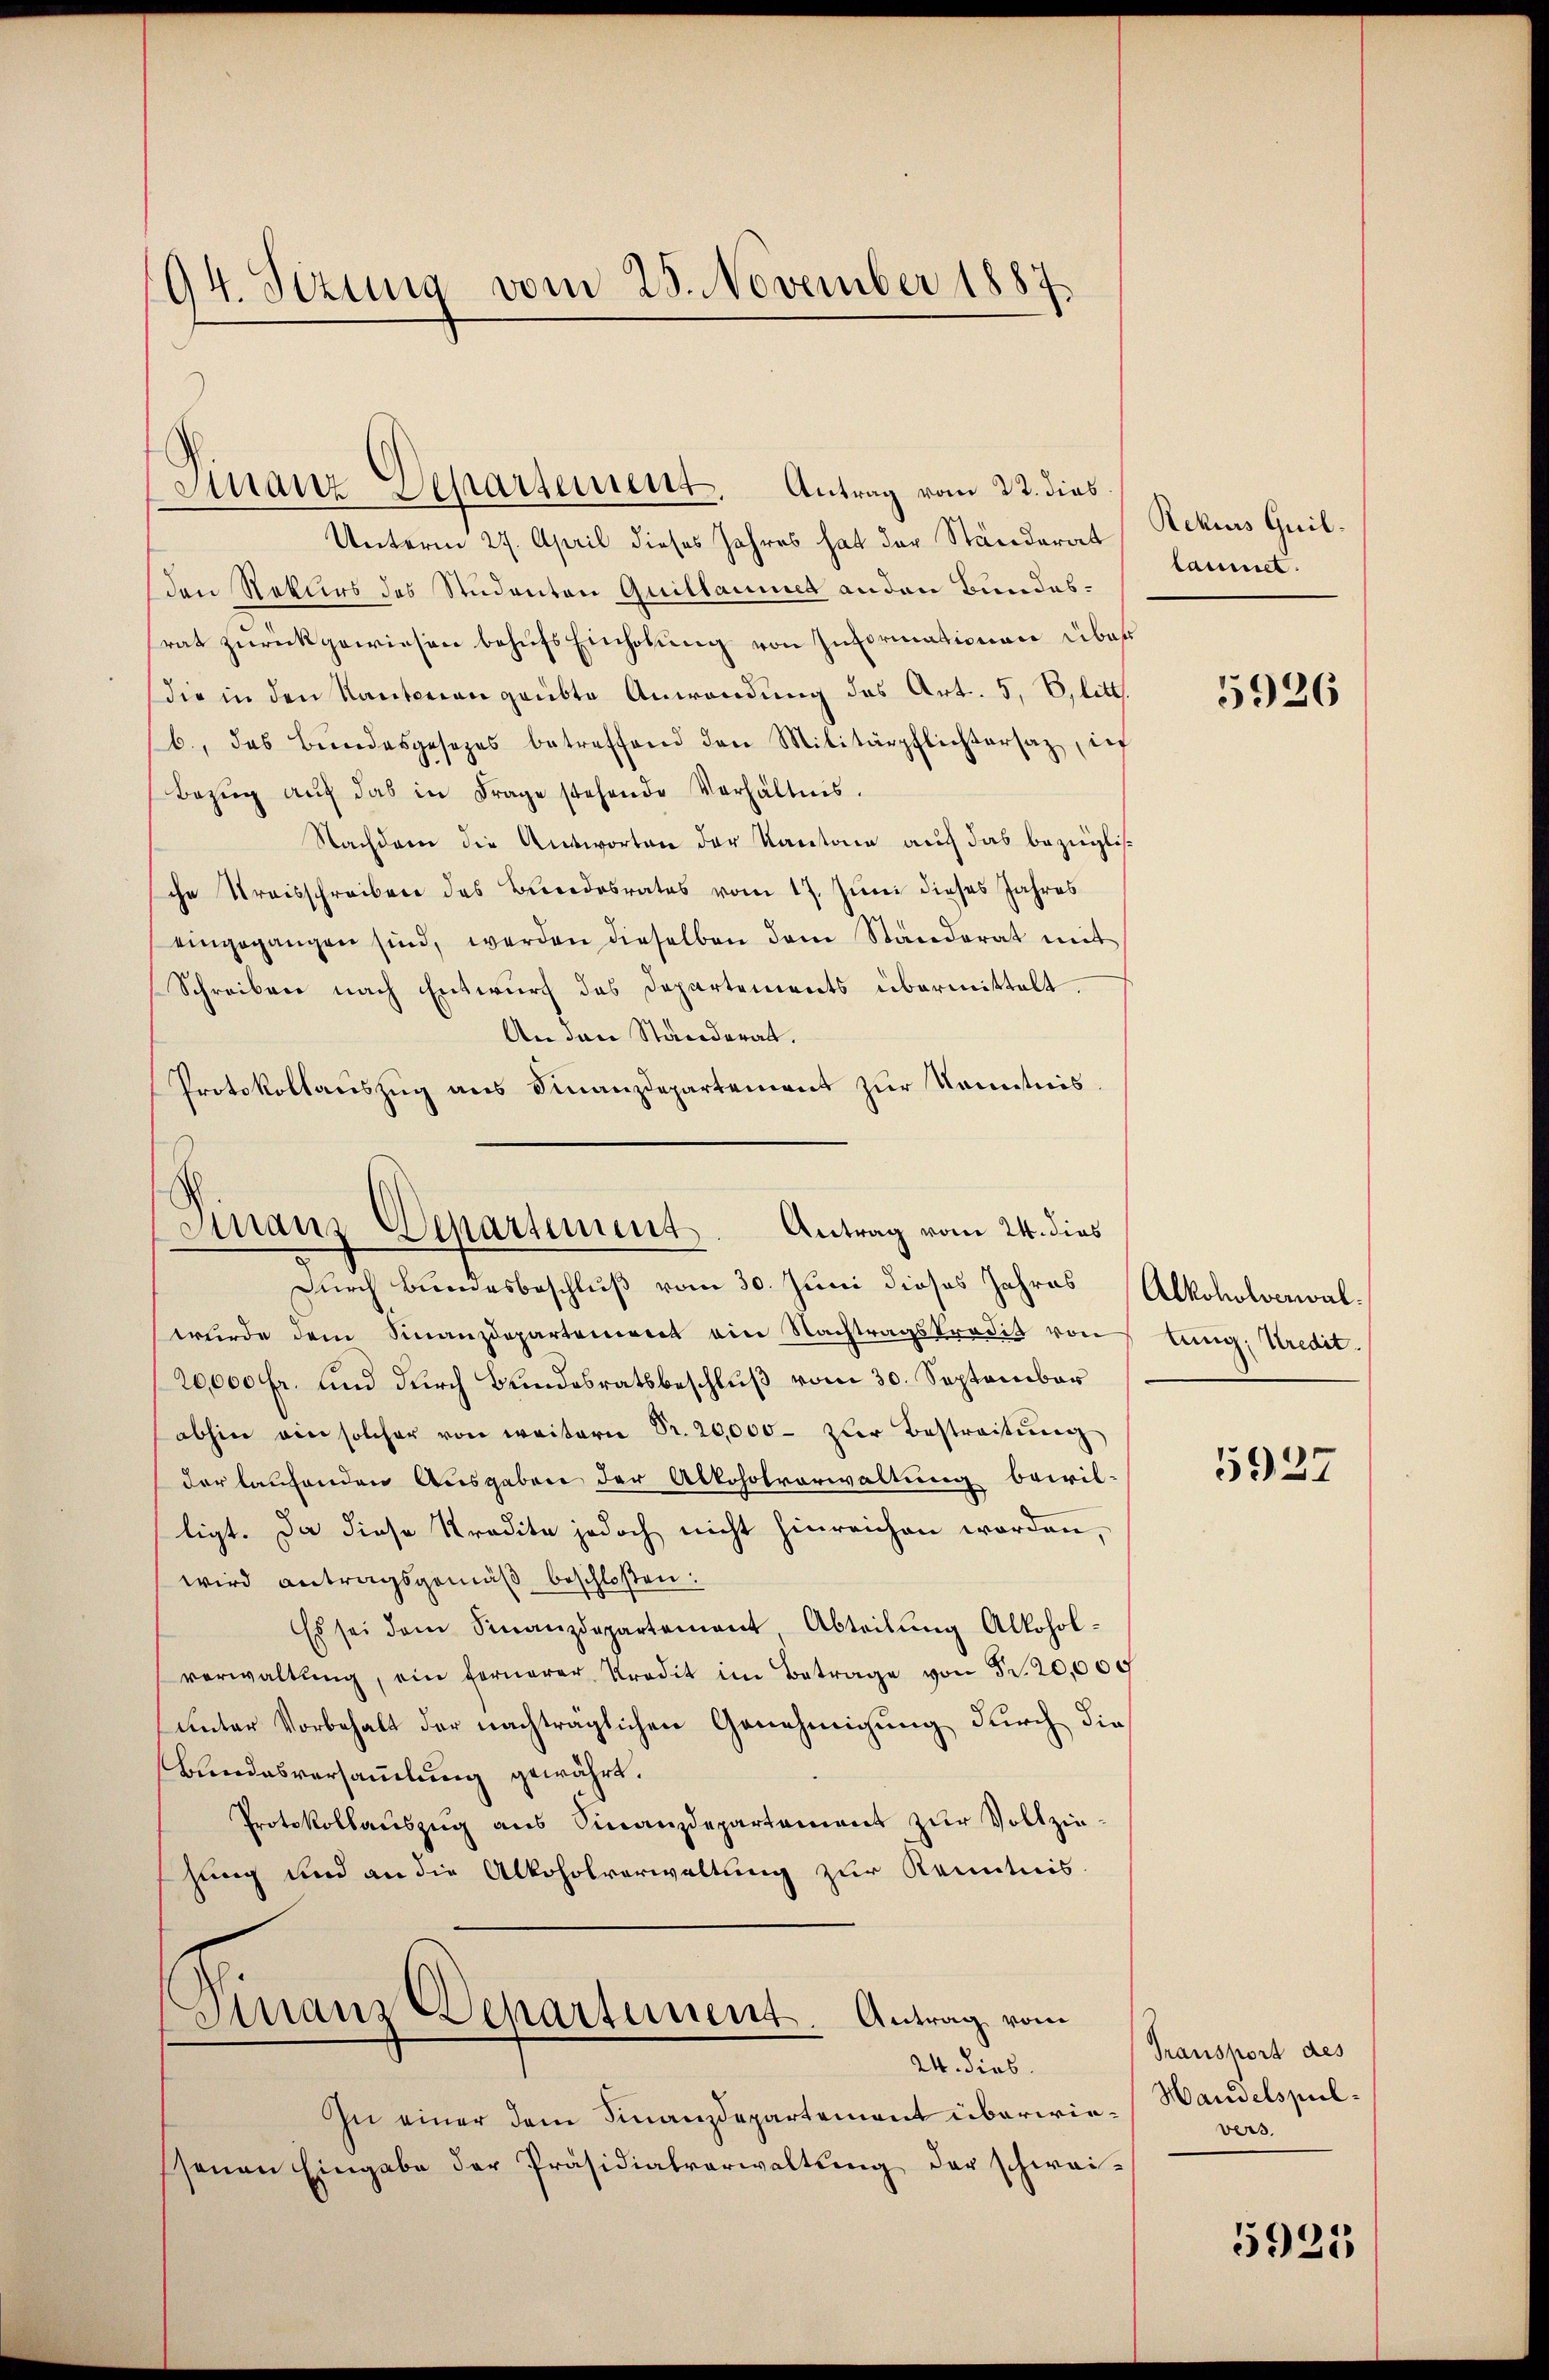
94. Sizung vom 25. November 1887.

Unterm 27. April dieses Jahres hat der Ständerat Rekurs Quil.
den Rekurs des Studenten Quillaumes anden Bundesrat zurückgewiesen behufs Einholung von Informationen über
die in den Kantonen geübte Anwendung des Art. 5, Elitt.
b., das Bundesgesezes betreffend den Militärpflichtersaz, in
Bezŭg aŭf das in Frage stehende Verhältnis.
Nachdem die Antworten der Kantone auch das bezügliche Kreisschreiben des Bundesrates vom 17. Juni dieses Jahres
eingegangen sind, werden dieselben dem Standerat mit
Schreiben nach Entwurf das Departements übermittelt.
An den Ständerat.
Protokollaŭszŭg ans Finanzdepartement zŭr Kenntnis.

Stanz Departement. Antrag vom 22. dies

Finanz-Departement. Antrag vom 24. dies
Durch Bundesbeschluß vom 30. Juni dieses Jahres Alkoholverwal¬

wurde dem Finanzdepartement ain Nachtragstradit von
20,000 fr. und durch Bundesratsbeschluß vom 30. September
abhin ein solcher von weitern Fr. 20,000 zur Bestreitŭng
der laufenden Ausgaben der Alkoholverwaltung bewil-
ligt. Da diese Kredite jedoch nicht hinreichen worden,
wird antragsgemäß beschloßen:
Es sei dem Finanzdepartement, Abteilŭng Alkohol-
verwaltŭng, ein fernerer Kredit im Betrage von Fr. 20,000
unter Vorbehalt der nachträglichen Genehmigung durch die
Bundesversamlung gewährt.
Protokollaŭszŭg ans Finanzdepartament zŭr Vollzie-
hung und an die Alkoholverwaltung zur Kenntnis

Finanz Departement. Antrag vom
24. dies

In einer dem Finanzdepartement überwie-Handelspielssenen Eingabe der Präsidialverwaltŭng der schwai-

laumet.

5926

tung, Kredit.

5927

Transport des
vers.

5925